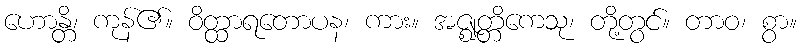
ဟောန္တိ၊ ကုန်၏။ ဝိတ္ထာရတောပန၊ ကား။ အဇ္ဈတ္တိကေသု၊ တို့တွင်။ တာဝ၊ စွာ။